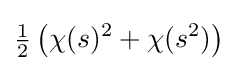
{\tfrac {1}{2}}\left(\chi (s)^{2}+\chi (s^{2})\right)